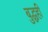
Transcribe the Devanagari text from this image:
बुद्धही